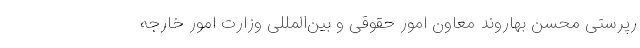
رپرستی محسن بهاروند معاون امور حقوقی و بین‌المللی وزارت امور خارجه